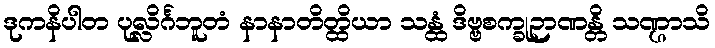
ဒုကနိပါတ ပုလ္လိင်္ဂဘူတံ နာနာတိတ္ထိယာ သန္ထံ ဒိဗ္ဗစက္ခုဉာဏန္တိ သဏ္ဌာသိ